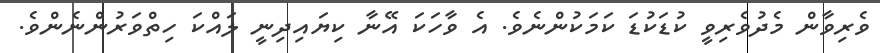
ވެރިވާން މެދުވެރިވީ ކުޑަކުޑަ ކަމަކުންނެވެ. އެ ވާހަކަ އޭނާ ކިޔައިދިނީ ލައްކަ ހިތްވަރުންނެންވެ.